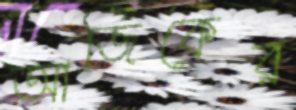
আজিকের